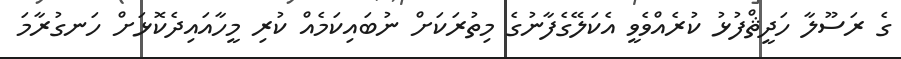
ގެ ރަސޫލާ ހަދީޘްފުޅު ކުރެއްވެވީ އެކަލޭގެފާނުގެ މިތުރަކަށް ނުބައިކަމެއް ކުރި މީހާއައިދެކޮޅަށް ހަނގުރާމަ